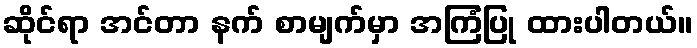
ဆိုင်ရာ အင်တာ နက် စာမျက်မှာ အကြံပြု ထားပါတယ်။